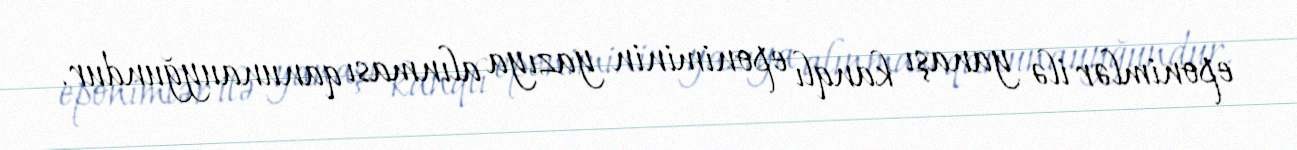
eponimlər ilə yanaşı kanqlı eponiminin yazıya alınması qanunauyğundur.